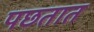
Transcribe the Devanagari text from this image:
पछतात